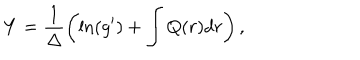
Y = \frac { 1 } { \Delta } \left( \ln ( g ^ { \prime } ) + \int Q ( r ) d r \right) ,